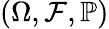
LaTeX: (\Omega,{\mathcal{F}},\mathbb{P})